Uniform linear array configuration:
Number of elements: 64
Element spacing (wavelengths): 1
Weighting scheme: exponential
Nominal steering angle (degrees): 30
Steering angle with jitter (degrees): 31.03
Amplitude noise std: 0.05
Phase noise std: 0.05

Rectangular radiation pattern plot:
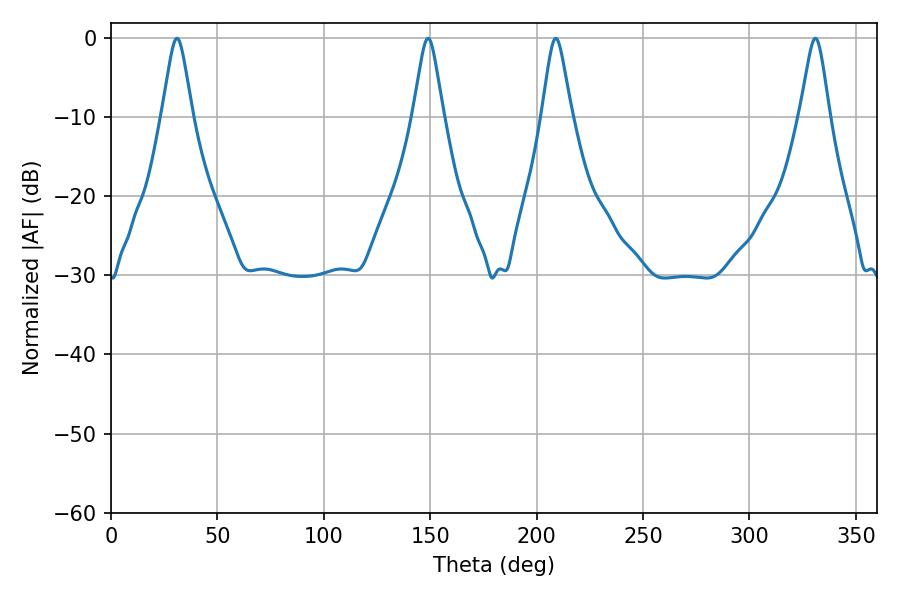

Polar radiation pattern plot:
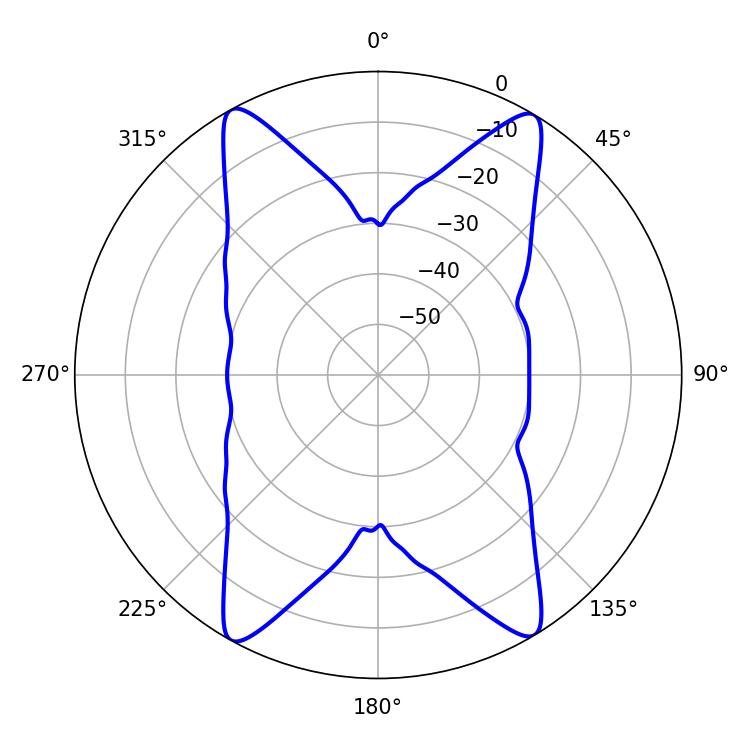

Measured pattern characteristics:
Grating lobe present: TRUE
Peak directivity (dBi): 23.441
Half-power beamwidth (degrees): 6.66
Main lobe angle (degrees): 208.98